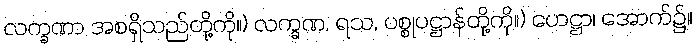
လက္ခဏာ အစရှိသည်တို့ကို။) လက္ခဏ, ရသ, ပစ္စုပဋ္ဌာန်တို့ကို။) ဟေဋ္ဌာ၊ အောက်၌။